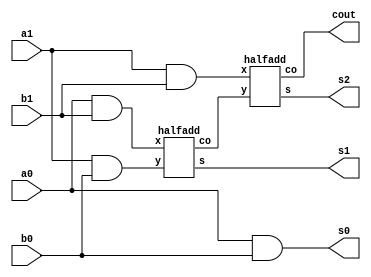
module q4(a0, b0, a1, b1, s0, s1, s2, cout);
input a0, b0, a1, b1;
output s0, s1, s2, cout;
and(s0, a0, b0);
and(f1, a0, b1);
and(f2, a1, b0);
halfadd stage0(f1, f2, s1, c);
and(f3, a1, b1);
halfadd stage1(f3, c, s2, cout);
endmodule

module halfadd(x, y, s, co);
input x, y;
output s, co;
xor(s, x, y);
and(co, x, y);
endmodule